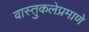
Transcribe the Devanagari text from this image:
वास्तुकलेप्रमाणे